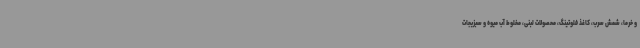
و خرما، شمش سرب، کاغذ فلوتینگ، محصولات لبنی، مخلوط آب میوه و سبزیجات